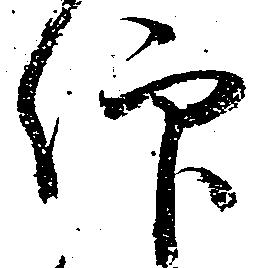
仰